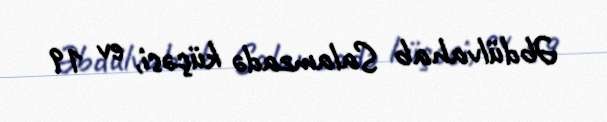
Əbdülvahab Salamzadə küçəsi, ev 19